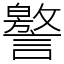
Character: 譥